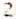
2